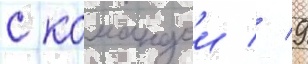
с командои // 9